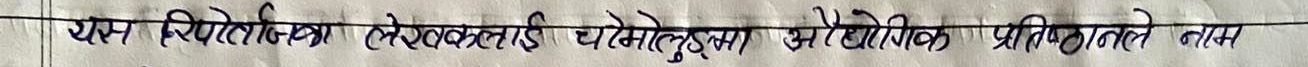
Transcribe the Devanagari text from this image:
यस स्थितिमा लेखकलाई घसेट्नुपड़ा और भौतिक प्रतिनिधि नाप